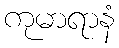
ကုမာရာနံ